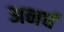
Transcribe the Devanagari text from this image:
अनर्घ